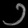
Digit: ၁